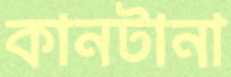
কানটানা